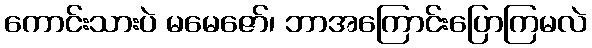
ကောင်းသားပဲ မမေဇော်၊ ဘာအကြောင်းပြောကြမလဲ